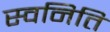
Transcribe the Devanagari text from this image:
स्वनिति